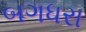
બગધરા